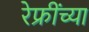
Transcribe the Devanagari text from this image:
रेफ्रींच्या